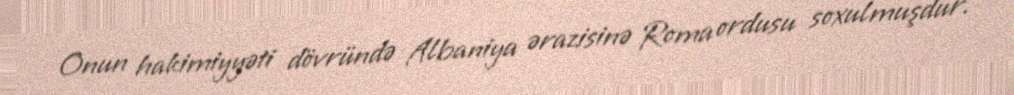
Onun hakimiyyəti dövründə Albaniya ərazisinə Roma ordusu soxulmuşdur.